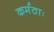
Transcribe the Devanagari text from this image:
कर्मठाः